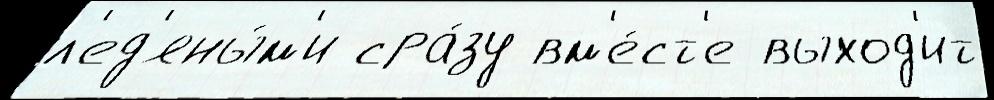
л'ед'яны́м'и сра́зу вм'е́ст'е выход'ит